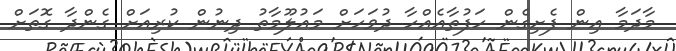
މާދަމާ އިން ފެށިގެން ހަފުތާއެއްހާ ދުވަަހަށް މައުލޫމާތު ދިނުން ކުރިއަށް ގެންދާ ގޮތަށް